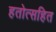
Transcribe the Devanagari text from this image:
हतोत्सहित